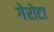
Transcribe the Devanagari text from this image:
गेरोटा